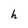
Character: h